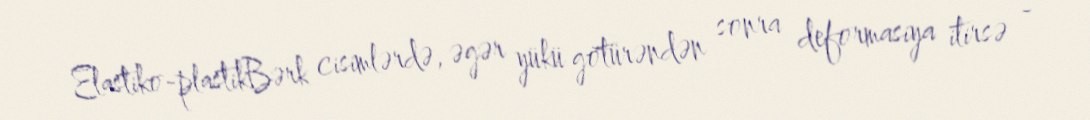
Elastiko-plastikBərk cisimlərdə, əgər yükü götürəndən sonra deformasiya itirsə -